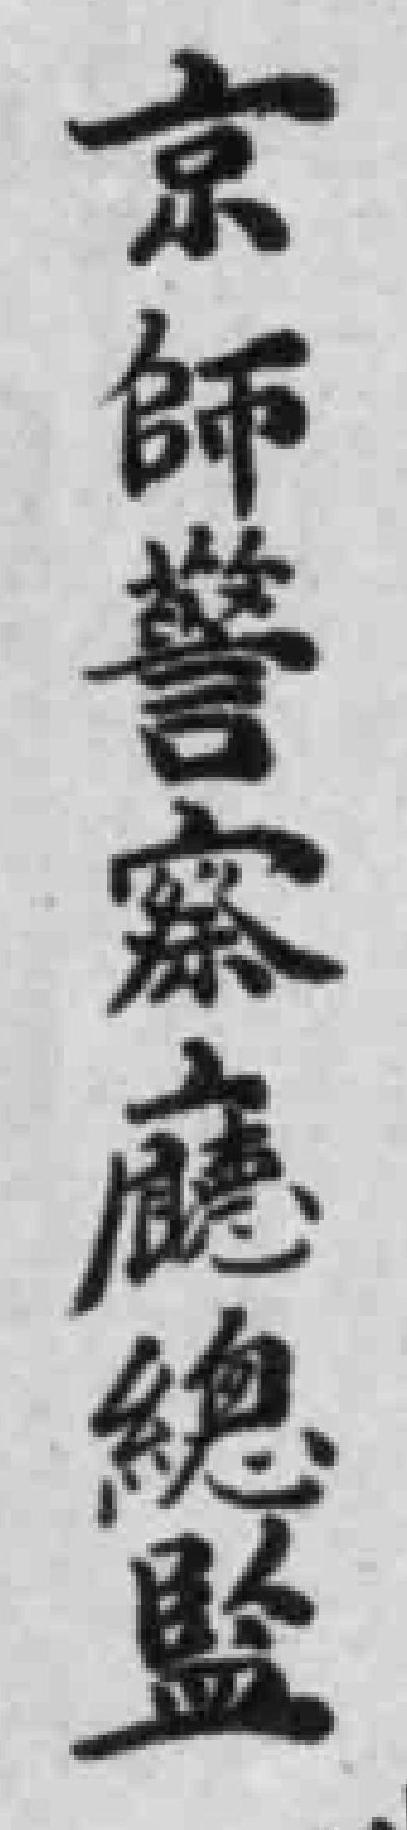
京師警察廳總監